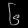
Digit: ၆